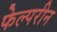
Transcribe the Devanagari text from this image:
फेल्परीन